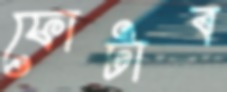
ফোটাব